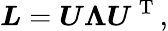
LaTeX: \boldsymbol{L}=\boldsymbol{U}\boldsymbol{\Lambda}\boldsymbol{U}^{\mathrm{~T~}},